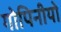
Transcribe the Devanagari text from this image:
गोपिनीयो